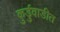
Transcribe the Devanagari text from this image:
कुर्डुवाडीत